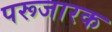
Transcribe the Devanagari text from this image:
परूजारक